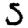
Digit: 5